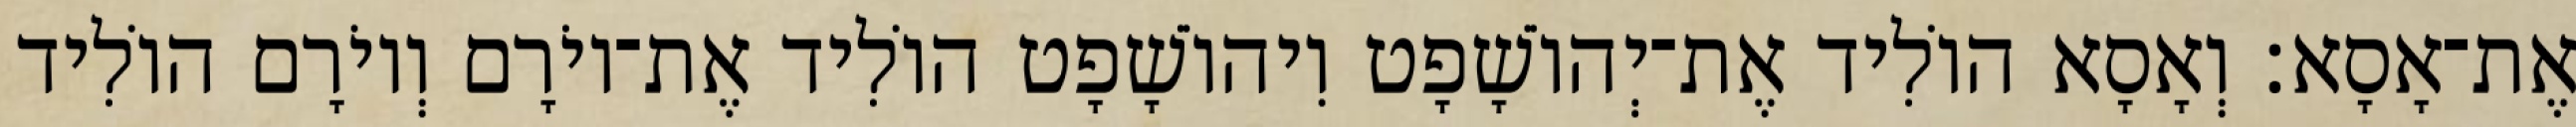
אֶת־אָסָא׃ וְאָסָא הוֹלִיד אֶת־יְהוֹשָׁפָט וִיהוֹשָׁפָט הוֹלִיד אֶת־יוֹרָם וְיוֹרָם הוֹלִיד